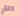
التي